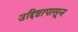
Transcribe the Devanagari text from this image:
उद्दिष्टापासून